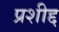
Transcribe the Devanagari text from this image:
प्रशीद्द